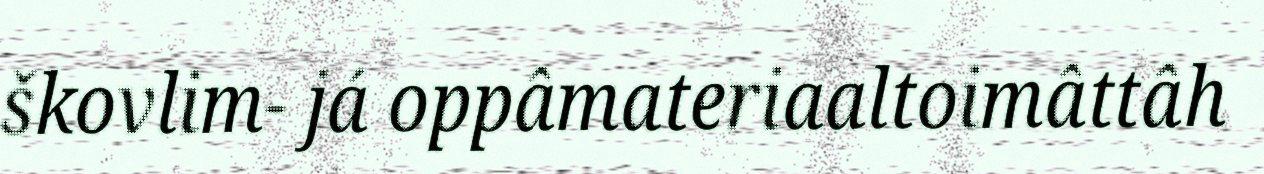
škovlim- já oppâmateriaaltoimâttâh